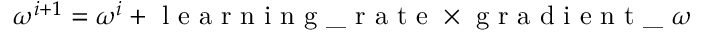
\omega ^ { i + 1 } = \omega ^ { i } + \textrm { l e a r n i n g \_ r a t e } \times \textrm { g r a d i e n t \_ } \omega